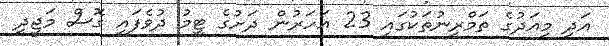
އަދި މިއަދުގެ ތަމްރީނުތަކުގައި 23 އަހަރުން ދަށުގެ ޓީމު ދުވެފައި ގޮސް މަޖީދީ